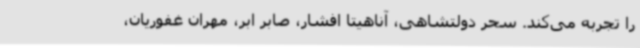
را تجربه می‌کند. سحر دولتشاهی، آناهیتا افشار، صابر ابر، مهران غفوریان،